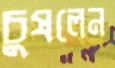
চুষলেন